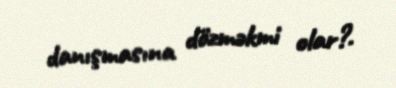
danışmasına dözməkmi olar?.